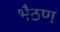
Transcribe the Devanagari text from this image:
भैठण